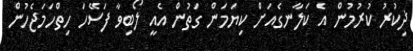
ޛިކުރު ކުރުމުން އެ ކަލާނގެއަށް ކިޔަމަން ގަތުން އެއީ ލޯބިވާ ފަސޭހަ ހިތްހަމަޖެހުން